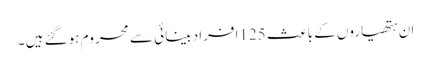
ان ہتھیاروں کے باعث 125افراد بینائی سے محروم ہوگئے ہیں ۔